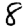
Digit: 8